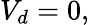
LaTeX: V_{d}=0,